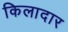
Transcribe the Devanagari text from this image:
किलादार